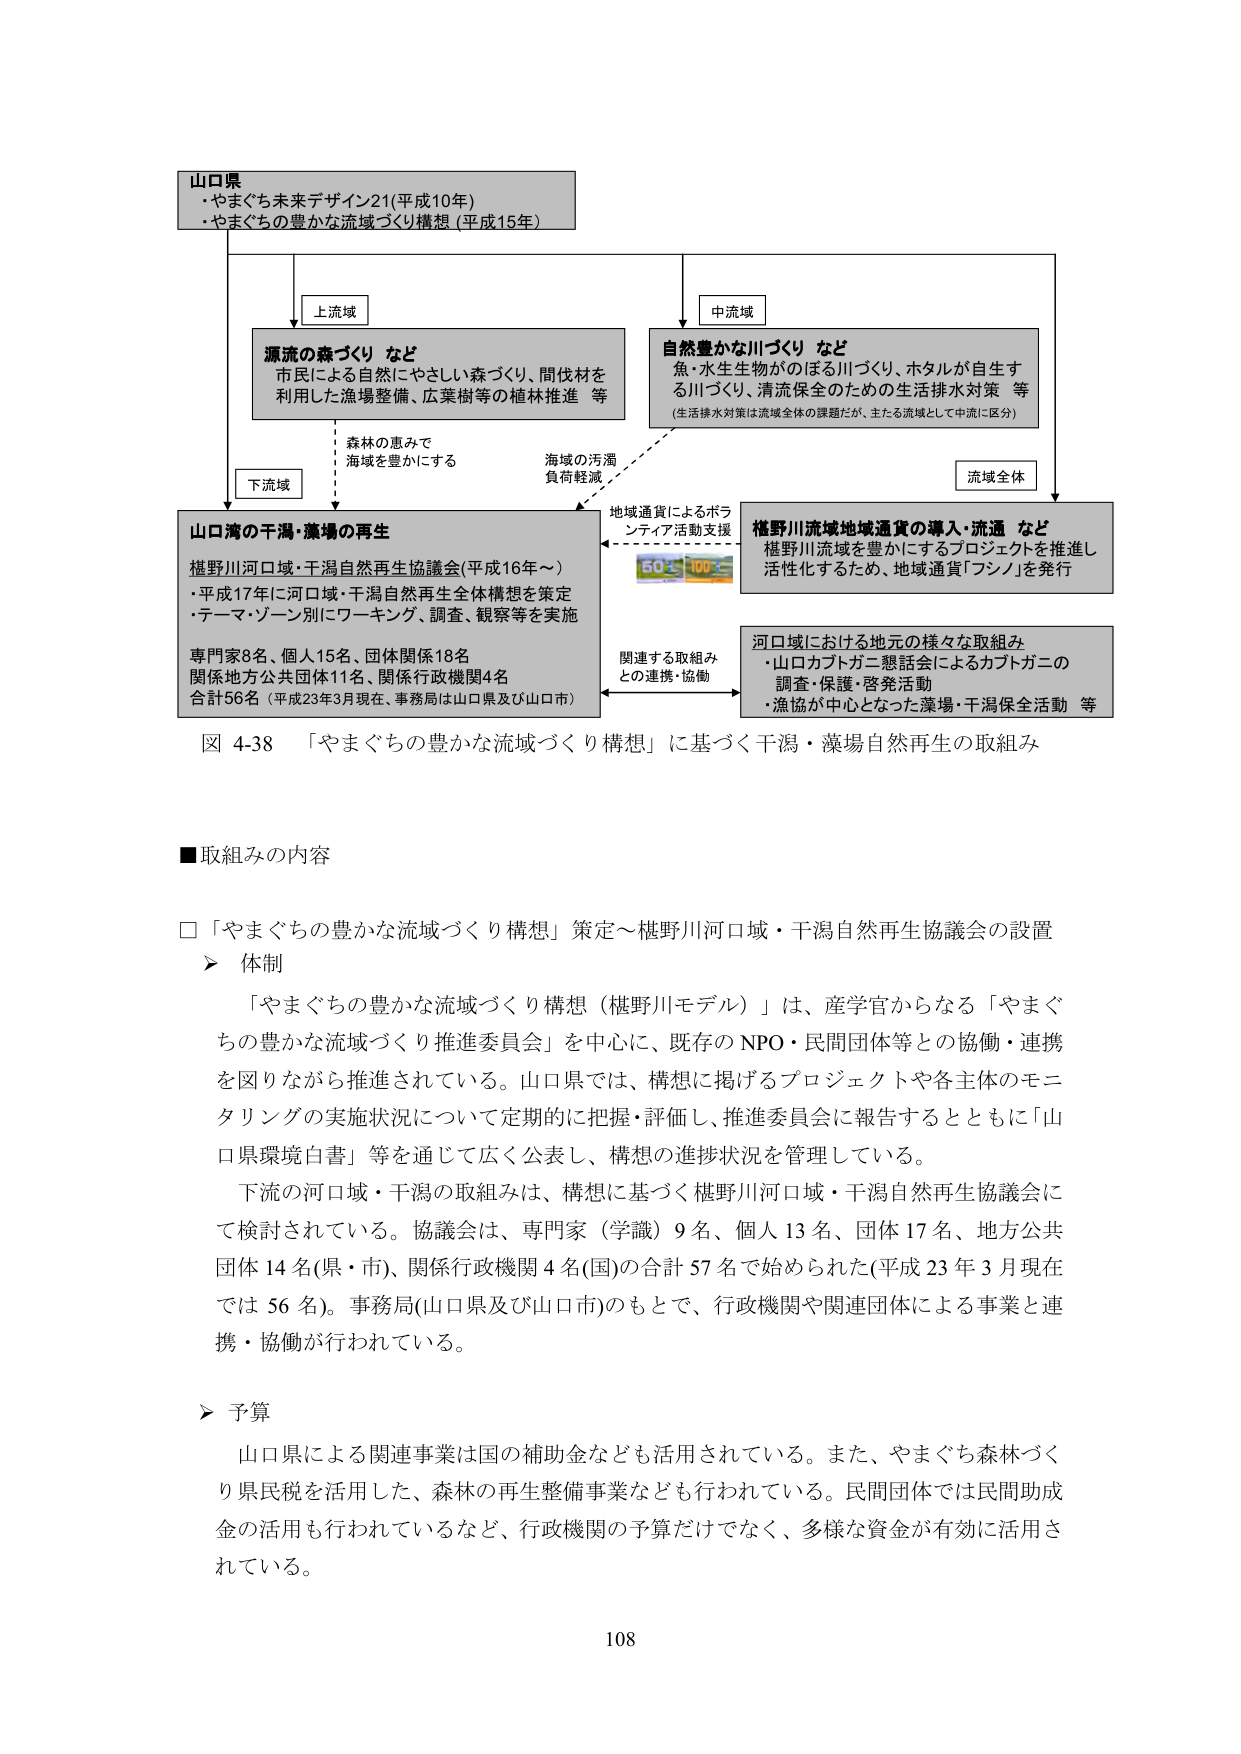
山口県
・やまぐち未来デザイン21（平成10年）
・やまぐちの豊かな流域づくり構想（平成15年）

上流域
源流の森づくり など
市民による自然にやさしい森づくり、間伐材を
利用した漁場整備、広葉樹等の植林推進 等

中流域
自然豊かな川づくり など
魚・水生生物がのぼる川づくり、ホタルが自生す
る川づくり、清流保全のための生活排水対策 等
（生活排水対策は流域全体の課題だが、主たる流域として中流に区分）

下流域
山口湾の干潟・藻場の再生
権野川河口域・干潟自然再生協議会（平成16年～）
・平成17年に河口域・干潟自然再生全体構想を策定
・テーマ・ゾーン別にワーキング、調査、観察等を実施
専門家8名、個人15名、団体関係18名
関係地方公共団体11名、関係行政機関4名
合計56名（平成23年3月現在、事務局は山口県及び山口市）

海域の汚濁
負荷軽減

森林の恵みで
海域を豊かにする

地域通貨によるボランティア活動支援
60→100

流域全体
権野川流域地域通貨の導入・流通 など
権野川流域を豊かにするプロジェクトを推進し
活性化するため、地域通貨「フシノ」を発行

関連する取組み
との連携・協働

河口域における地元の様々な取組み
・山口カブトガニ懇話会によるカブトガニの
調査・保護・啓発活動
・漁協が中心となった藻場・干潟保全活動 等

図 4-38 「やまぐちの豊かな流域づくり構想」に基づく干潟・藻場自然再生の取組み

■取組みの内容

□「やまぐちの豊かな流域づくり構想」策定～権野川河口域・干潟自然再生協議会の設置
▶ 体制
「やまぐちの豊かな流域づくり構想（権野川モデル）」は、産学官からなる「やまぐちの豊かな流域づくり推進委員会」を中心に、既存のNPO・民間団体等との協働・連携を図りながら推進されている。山口県では、構想に掲げるプロジェクトや各主体のモニタリングの実施状況について定期的に把握・評価し、推進委員会に報告するとともに「山口県環境白書」等を通じて広く公表し、構想の進捗状況を管理している。
下流の河口域・干潟の取組みは、構想に基づく権野川河口域・干潟自然再生協議会にて検討されている。協議会は、専門家（学識）9名、個人13名、団体17名、地方公共団体14名（県・市）、関係行政機関4名（国）の合計57名で始められた（平成23年3月現在では56名）。事務局（山口県及び山口市）のもとで、行政機関や関連団体による事業と連携・協働が行われている。

▶ 予算
山口県による関連事業は国の補助金なども活用されている。また、やまぐち森林づくり県民税を活用した、森林の再生整備事業なども行われている。民間団体では民間助成金の活用も行われているなど、行政機関の予算だけでなく、多様な資金が有効に活用されている。

108